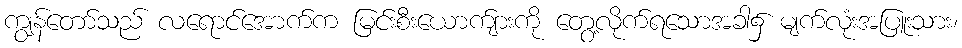
ကျွန်တော်သည် လရောင်အောက်က မြင်းစီးယောက်ျားကို တွေ့လိုက်ရသောအခါ၌ မျက်လုံးအပြူးသား၊